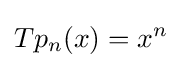
Tp_{n}(x)=x^{n}